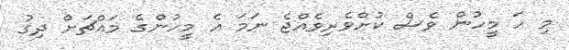
މި ހަ މީހުން ވެސް ކުށްވެރިވެއްޖެ ނަމަ އެ މީހުންގެ މައްޗަށް ދިގު